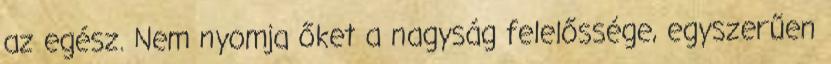
az egész. Nem nyomja őket a nagyság felelőssége, egyszerűen